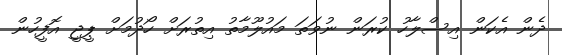
ދެން އެކަން އިސްލާހު ކުރަން ނުވަތަ މައުލޫމާތު އިތުރަށް ހޯދުމަށް ޕީޖީ އޮފީހުން